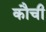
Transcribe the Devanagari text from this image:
कौची